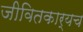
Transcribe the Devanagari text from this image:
जीवितकार्यच